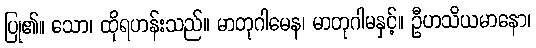
ပြု၏။ သော၊ ထိုရဟန်းသည်။ မာတုဂါမေန၊ မာတုဂါမနှင့်။ ဦဟသိယမာနော၊